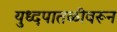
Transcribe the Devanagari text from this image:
युध्दपातळीवरून